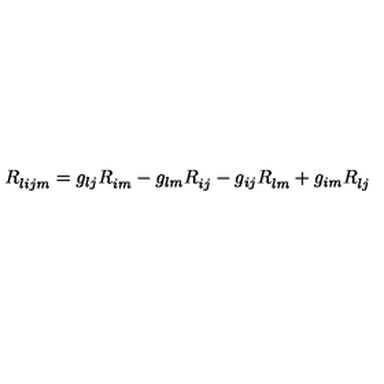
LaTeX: R _ { l i j m } ^ { { } } = g _ { l j } R _ { i m } ^ { { } } - g _ { l m } R _ { i j } ^ { { } } - g _ { i j } R _ { l m } ^ { { } } + g _ { i m } R _ { l j } ^ { { } }